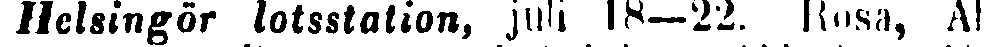
Helsingör lotsstation, juli 18—22. Rosa, Ah-